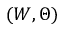
( W , \Theta )